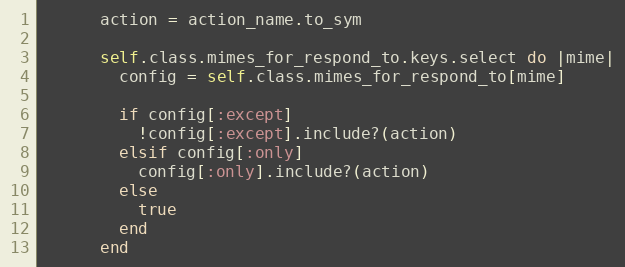
Language: Ruby
      action = action_name.to_sym

      self.class.mimes_for_respond_to.keys.select do |mime|
        config = self.class.mimes_for_respond_to[mime]

        if config[:except]
          !config[:except].include?(action)
        elsif config[:only]
          config[:only].include?(action)
        else
          true
        end
      end